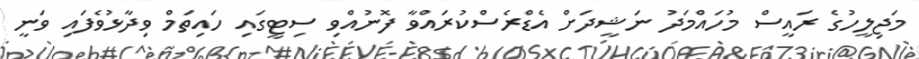
މަޖިލީހުގެ ރައީސް މުހައްމަދު ނަޝީދަށް އެޑްރެސްކުރައްވާ ފޮނުއްވި ސިޓީގައި ހައިތަމް ވިދާޅުވެފައި ވަނީ